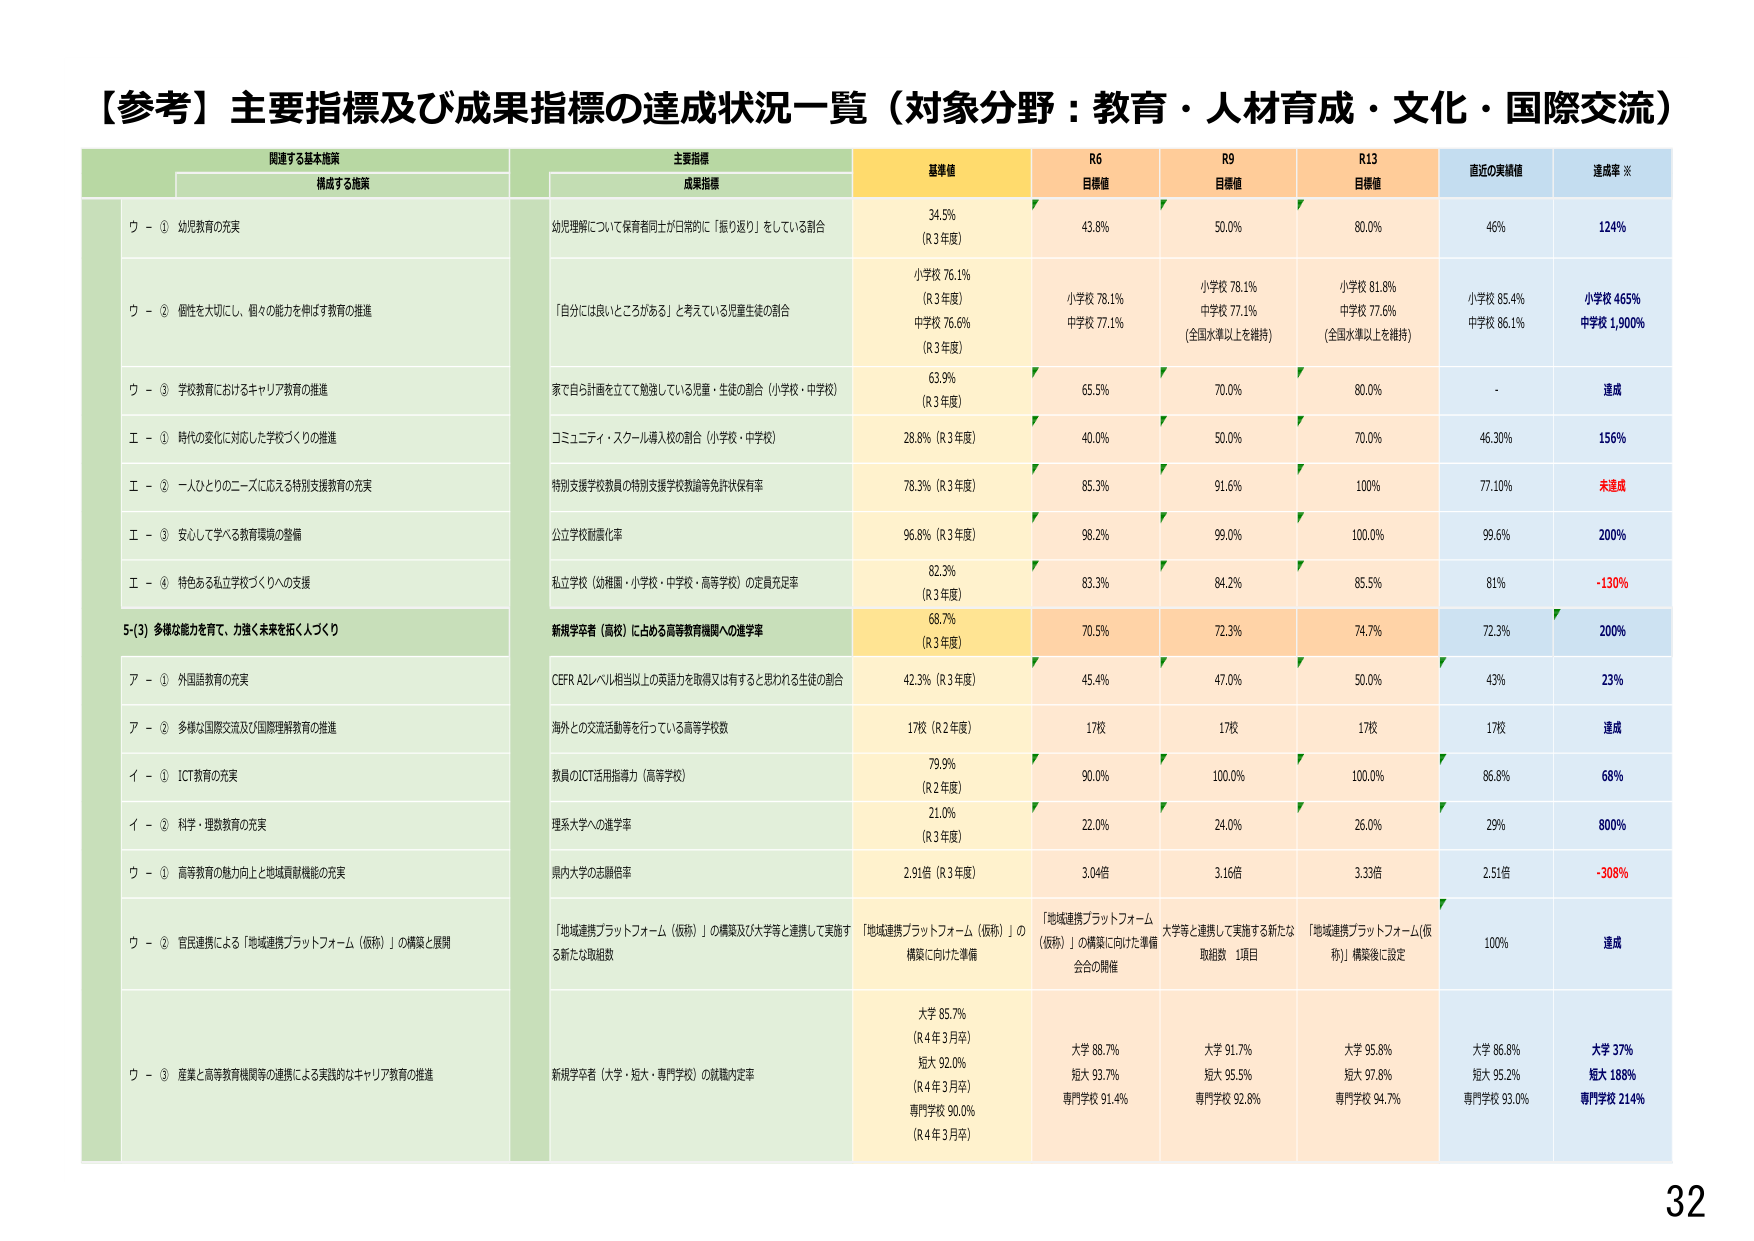
【参考】主要指標及び成果指標の達成状況一覧（対象分野：教育・人材育成・文化・国際交流）

関連する基本施策
構成する施策

主要指標
成果指標

基準値
R6 目標値
R9 目標値
R13 目標値
直近の実績値
達成率 ※

ウ - ① 幼児教育の充実
幼児理解について保育者同士が日常的に「振り返り」をしている割合
34.5% （R3年度）
43.8%
50.0%
80.0%
46%
124%

ウ - ② 個性を大切にし、個々の能力を伸ばす教育の推進
「自分には良いところがある」と考えている児童生徒の割合
小学校 76.1% （R3年度） 中学校 76.6% （R3年度）
小学校 78.1% 中学校 77.1%
小学校 78.1% 中学校 77.1% （全国水準以上を維持）
小学校 81.8% 中学校 77.6% （全国水準以上を維持）
小学校 85.4% 中学校 86.1%
小学校 465% 中学校 1,900%

ウ - ③ 学校教育におけるキャリア教育の推進
家で自ら計画を立てて勉強している児童・生徒の割合（小学校・中学校）
63.9% （R3年度）
65.5%
70.0%
80.0%
-
達成

エ - ① 時代の変化に対応した学校づくりの推進
コミュニティ・スクール導入校の割合（小学校・中学校）
28.8%（R3年度）
40.0%
50.0%
70.0%
46.30%
156%

エ - ② 一人ひとりのニーズに応える特別支援教育の充実
特別支援学校教員の特別支援学校教諭等免許状保有率
78.3%（R3年度）
85.3%
91.6%
100%
77.10%
未達成

エ - ③ 安心して学べる教育環境の整備
公立学校耐震化率
96.8%（R3年度）
98.2%
99.0%
100.0%
99.6%
200%

エ - ④ 特色ある私立学校づくりへの支援
私立学校（幼稚園・小学校・中学校・高等学校）の定員充足率
82.3% （R3年度）
83.3%
84.2%
85.5%
81%
-130%

5-(3) 多様な能力を育て、力強く未来を拓く人づくり
新規学卒者（高校）に占める高等教育機関への進学率
68.7% （R3年度）
70.5%
72.3%
74.7%
72.3%
200%

ア - ① 外国語教育の充実
CEFR A2レベル相当以上の英語力を取得又は有するとと思われる生徒の割合
42.3%（R3年度）
45.4%
47.0%
50.0%
43%
23%

ア - ② 多様な国際交流及び国際理解教育の推進
海外との交流活動等を行っている高等学校数
17校（R2年度）
17校
17校
17校
17校
達成

イ - ① ICT教育の充実
教員のICT活用指導力（高等学校）
79.9% （R2年度）
90.0%
100.0%
100.0%
86.8%
68%

イ - ② 科学・理数教育の充実
理系大学への進学率
21.0% （R3年度）
22.0%
24.0%
26.0%
29%
800%

ウ - ① 高等教育の魅力向上と地域貢献機能の充実
県内大学の志願倍率
2.91倍（R3年度）
3.04倍
3.16倍
3.33倍
2.51倍
-308%

ウ - ② 官民連携による「地域連携プラットフォーム（仮称）」の構築と展開
「地域連携プラットフォーム（仮称）」の構築及び大学等と連携して実施する新たな取組数
「地域連携プラットフォーム（仮称）」の構築に向けた準備
「地域連携プラットフォーム（仮称）」の構築に向けた準備 会合の開催
大学等と連携して実施する新たな取組数 1項目
「地域連携プラットフォーム（仮称）」構築後に設定
100%
達成

ウ - ③ 産業と高等教育機関等の連携による実践的なキャリア教育の推進
新規学卒者（大学・短大・専門学校）の就職内定率
大学 85.7% （R4年3月卒） 短大 92.0% （R4年3月卒） 専門学校 90.0% （R4年3月卒）
大学 88.7% 短大 93.7% 専門学校 91.4%
大学 91.7% 短大 95.5% 専門学校 92.8%
大学 95.8% 短大 97.8% 専門学校 94.7%
大学 86.8% 短大 95.2% 専門学校 93.0%
大学 37% 短大 188% 専門学校 214%

32